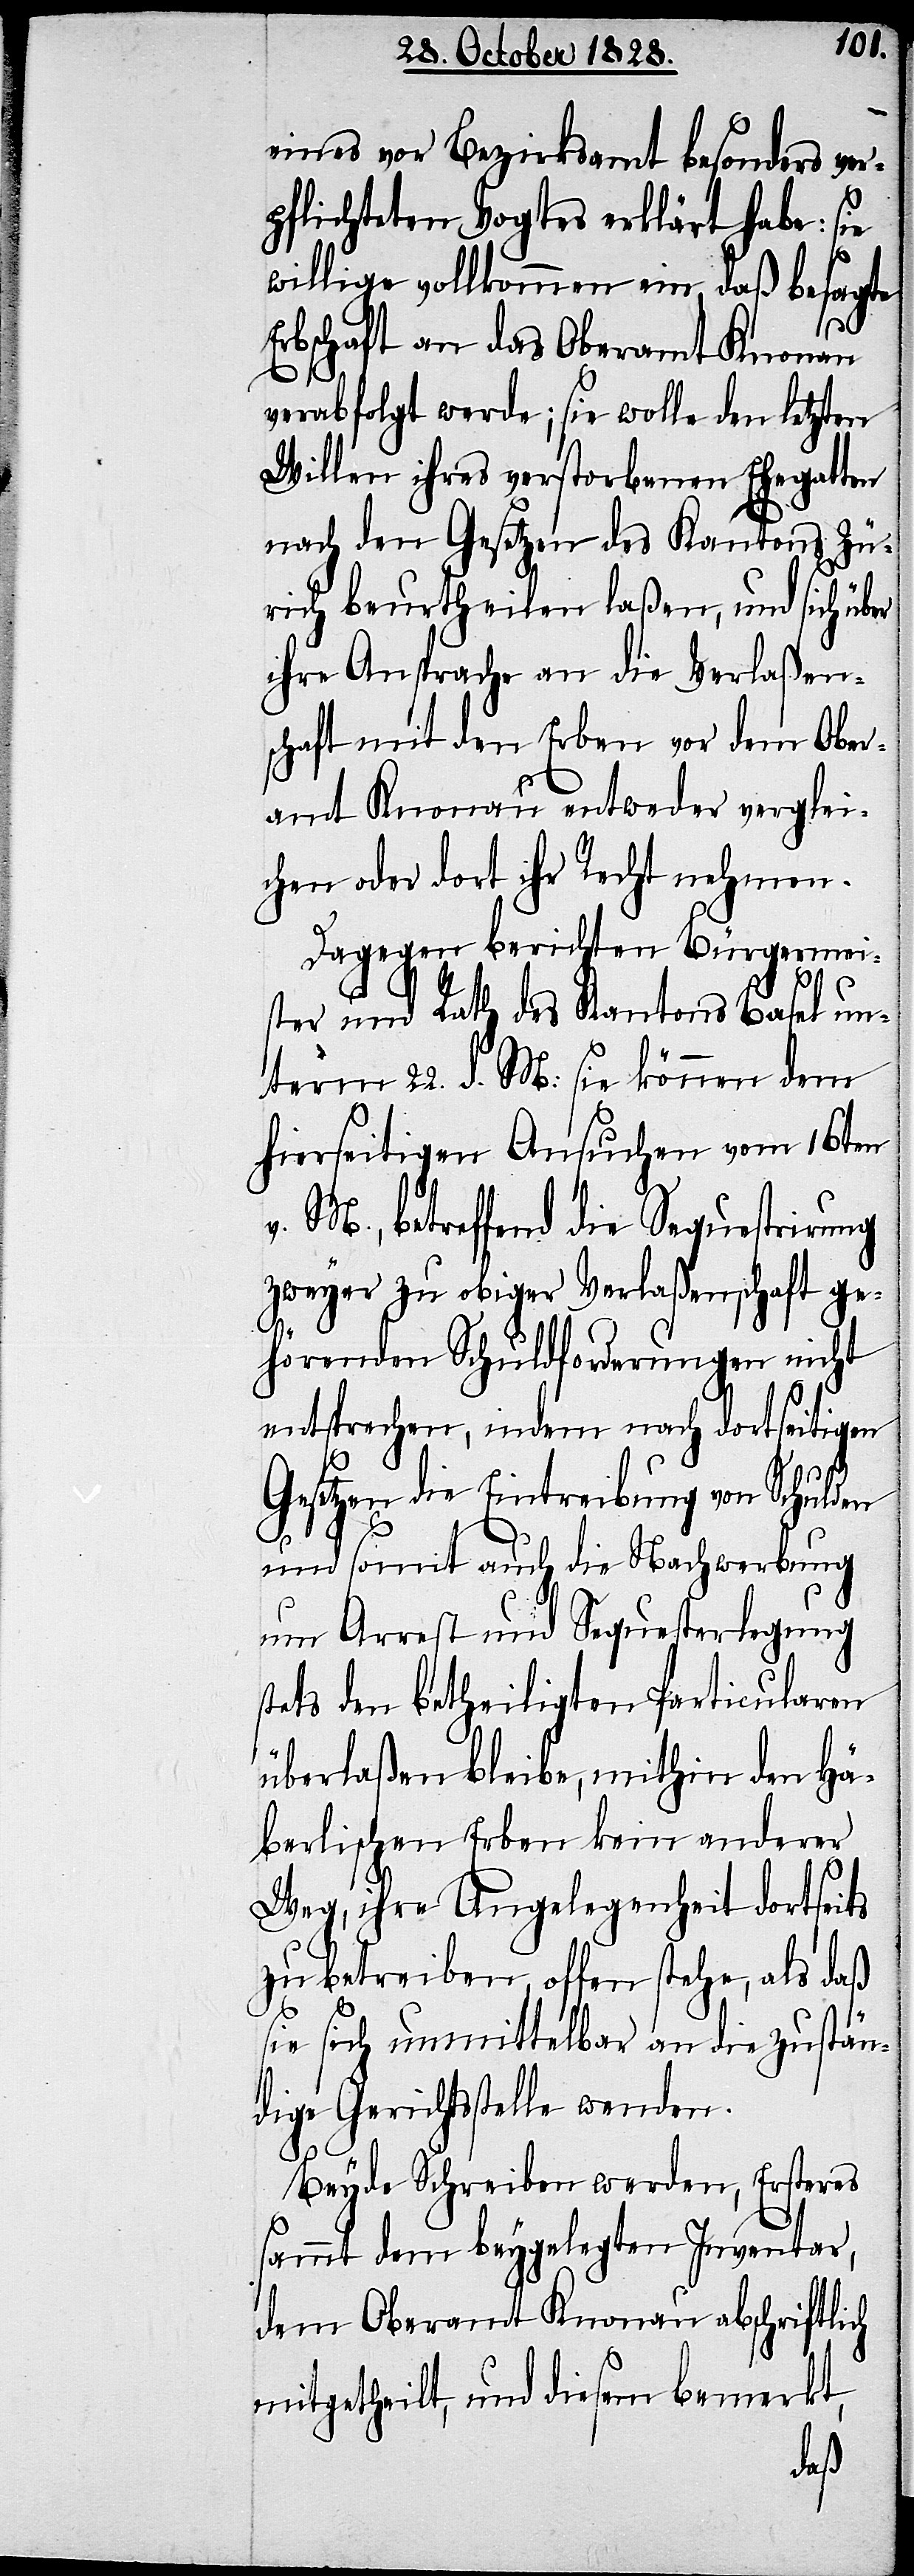
eines vor Bezirksamt besonders ver¬
pflichteten Vogtes erklärt habe: sie
willige vollkommen ein, daß besagte
er
Erbschaft an das Oberamt Knonau
verabfolgt werde; sie wolle den letzten
Willen ihres verstorbenen Ehegatten
nach den Gesetzen des Kantons Zü¬
rich beurtheilen laßen, und sich üb¬
ihre Ansprache an die Verlaßen¬
schaft mit den Erben vor dem Ober¬
amt Knonau entweder verglei¬
chen oder dort ihr Recht nehmen.
Dagegen berichten Bürgermei¬
ster und Rath des Kantons Basel un¬
term 22. d. M: sie können dem
hierseitigen Ansuchen vom 16ten
v. M., betreffend die Sequestrirung
zweyer zu obiger Verlaßenschaft ge¬
hörenden Schuldforderungen nicht
entsprechen, indem nach dortseitigen
Gesetzen die Eintreibung von Schulden
und somit auch die Nachwerbung
um Arrest und Sequesterlegung
stets den betheiligten Particularen
überlaßen bleibe, mithin den Hä¬
berlischen Erben kein anderer
Weg, ihre Angelegenheit dortseits
zu betreiben, offen stehe, als daß
sie sich unmittelbar an die zustän¬
dige Gerichtsstelle wenden.
Beyde Schreiben werden, Ersteres
sammt dem beygelegten Inventar,
dem Oberamt Knonau abschriftlich
mitgetheilt, und diesem bemerkt,